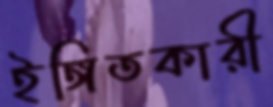
ইঙ্গিতকারী